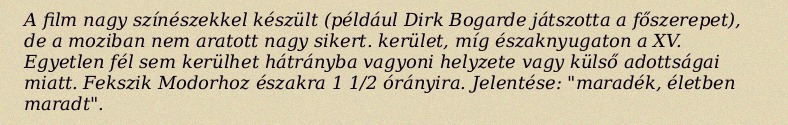
A film nagy színészekkel készült (például Dirk Bogarde játszotta a főszerepet), de a moziban nem aratott nagy sikert. kerület, míg északnyugaton a XV. Egyetlen fél sem kerülhet hátrányba vagyoni helyzete vagy külső adottságai miatt. Fekszik Modorhoz északra 1 1/2 órányira. Jelentése: "maradék, életben maradt".